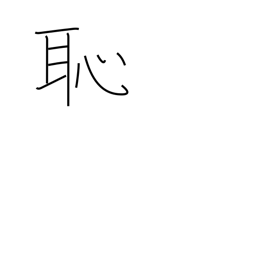
Meaning: shame